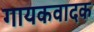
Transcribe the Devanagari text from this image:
गायकवादक